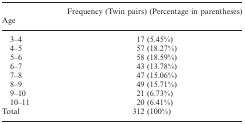
| Age | Frequency (Twin pairs) (Percentage in parentheses) |
 | --- | --- |
 | 3–4 | 17 (5.45%) |
 | 4–5 | 57 (18.27%) |
 | 5–6 | 58 (18.59%) |
 | 6–7 | 43 (13.78%) |
 | 7–8 | 47 (15.06%) |
 | 8–9 | 49 (15.71%) |
 | 9–10 | 21 (6.73%) |
 | 10–11 | 20 (6.41%) |
 | Total | 312 (100%) |